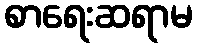
စာရေးဆရာမ